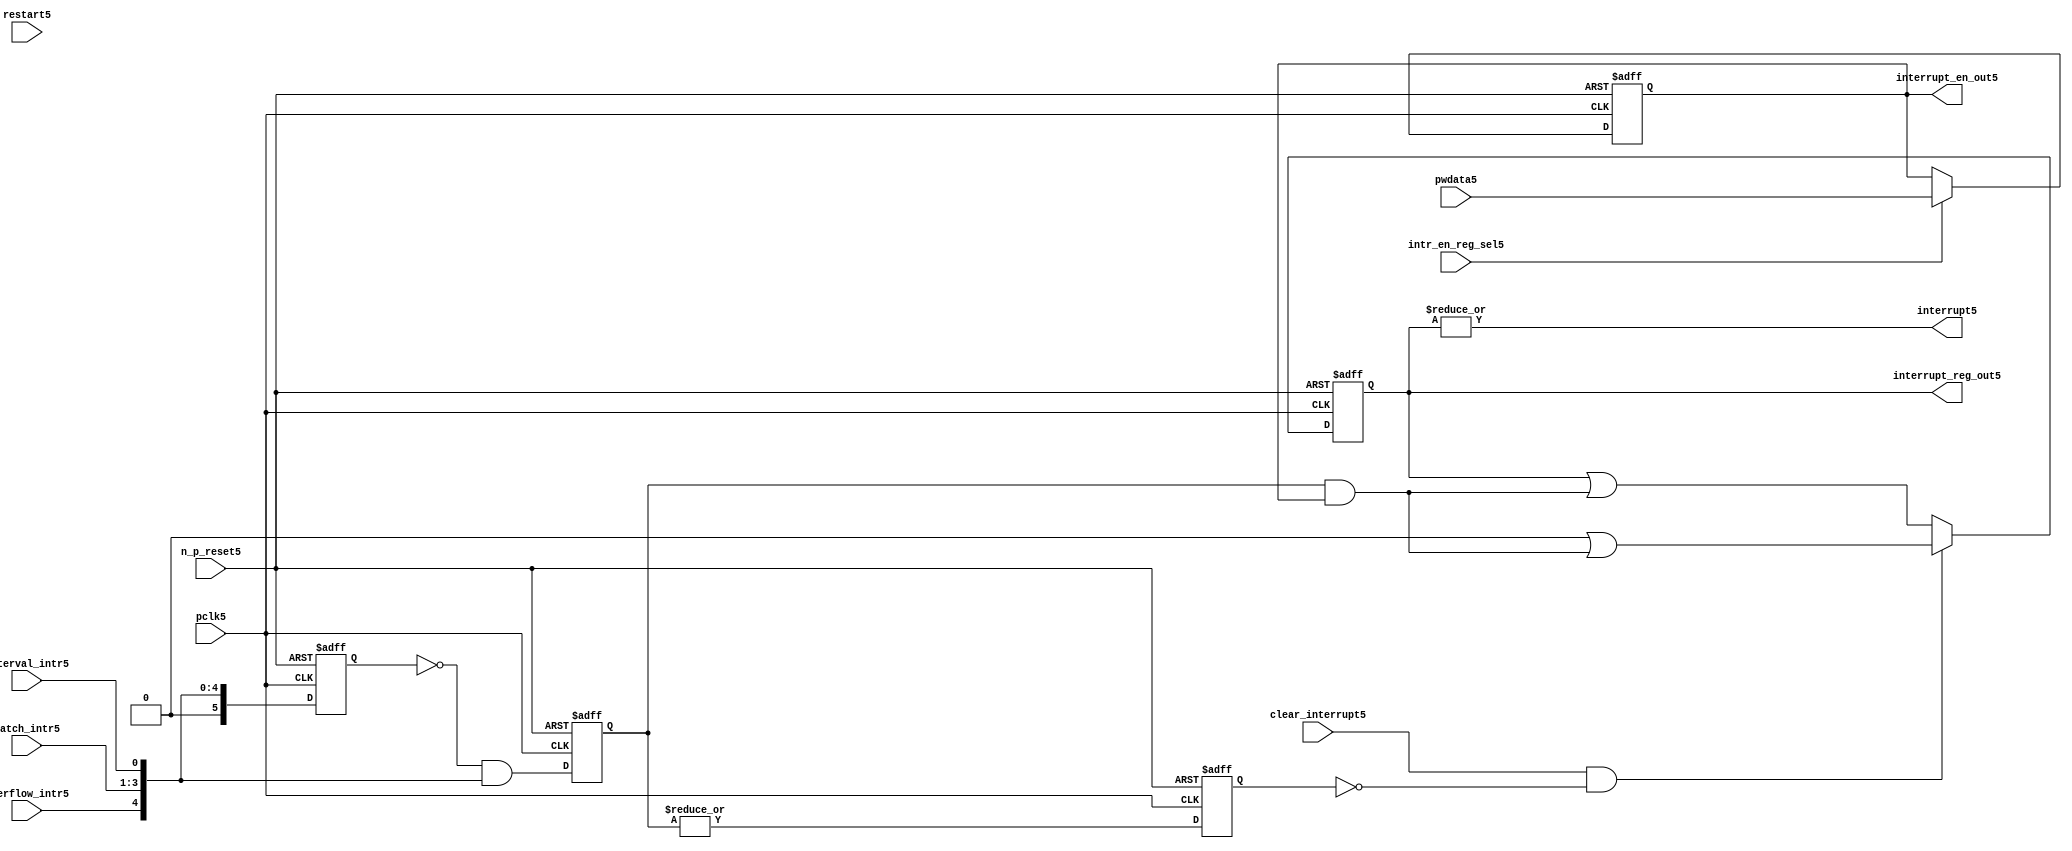
module ttc_interrupt_lite5(

  //inputs5
  n_p_reset5,                             
  pwdata5,                             
  pclk5,
  intr_en_reg_sel5, 
  clear_interrupt5,                   
  interval_intr5,
  match_intr5,
  overflow_intr5,
  restart5,

  //outputs5
  interrupt5,
  interrupt_reg_out5,
  interrupt_en_out5
  
);


//-----------------------------------------------------------------------------
// PORT DECLARATIONS5
//-----------------------------------------------------------------------------

   //inputs5
   input         n_p_reset5;            //reset signal5
   input [5:0]   pwdata5;               //6 Bit5 Data signal5
   input         pclk5;                 //System5 clock5
   input         intr_en_reg_sel5;      //Interrupt5 Enable5 Reg5 Select5 signal5
   input         clear_interrupt5;      //Clear Interrupt5 Register signal5
   input         interval_intr5;        //Timer_Counter5 Interval5 Interrupt5
   input [3:1]   match_intr5;           //Timer_Counter5 Match5 1 Interrupt5 
   input         overflow_intr5;        //Timer_Counter5 Overflow5 Interrupt5 
   input         restart5;              //Counter5 restart5

   //Outputs5
   output        interrupt5;            //Interrupt5 Signal5 
   output [5:0]  interrupt_reg_out5;    //6 Bit5 Interrupt5 Register
   output [5:0]  interrupt_en_out5; //6 Bit5 Interrupt5 Enable5 Register


//-----------------------------------------------------------------------------
// Internal Signals5 & Registers5
//-----------------------------------------------------------------------------

   wire [5:0]   intr_detect5;          //Interrupts5 from the Timer_Counter5
   reg [5:0]    int_sync_reg5;         //6-bit 1st cycle sync register
   reg [5:0]    int_cycle_reg5;        //6-bit register ensuring5 each interrupt5 
                                      //only read once5
   reg [5:0]    interrupt_reg5;        //6-bit interrupt5 register        
   reg [5:0]    interrupt_en_reg5; //6-bit interrupt5 enable register
   

   reg          interrupt_set5;        //Prevents5 unread5 interrupt5 being cleared5
   
   wire         interrupt5;            //Interrupt5 output
   wire [5:0]   interrupt_reg_out5;    //Interrupt5 register output
   wire [5:0]   interrupt_en_out5; //Interrupt5 enable output


   assign interrupt5              = |(interrupt_reg5);
   assign interrupt_reg_out5      = interrupt_reg5;
   assign interrupt_en_out5       = interrupt_en_reg5;
   
   assign intr_detect5 = {1'b0,
                         overflow_intr5,  
                         match_intr5[3],  
                         match_intr5[2], 
                         match_intr5[1], 
                         interval_intr5};

   

// Setting interrupt5 registers
   
   always @ (posedge pclk5 or negedge n_p_reset5)
   begin: p_intr_reg_ctrl5
      
      if (!n_p_reset5)
      begin
         int_sync_reg5         <= 6'b000000;
         interrupt_reg5        <= 6'b000000;
         int_cycle_reg5        <= 6'b000000;
         interrupt_set5        <= 1'b0;
      end
      else 
      begin

         int_sync_reg5    <= intr_detect5;
         int_cycle_reg5   <= ~int_sync_reg5 & intr_detect5;

         interrupt_set5   <= |int_cycle_reg5;
          
         if (clear_interrupt5 & ~interrupt_set5)
            interrupt_reg5 <= (6'b000000 | (int_cycle_reg5 & interrupt_en_reg5));
         else 
            interrupt_reg5 <= (interrupt_reg5 | (int_cycle_reg5 & 
                                               interrupt_en_reg5));
      end 
      
   end  //p_intr_reg_ctrl5


// Setting interrupt5 enable register
   
   always @ (posedge pclk5 or negedge n_p_reset5)
   begin: p_intr_en_reg5
      
      if (!n_p_reset5)
      begin
         interrupt_en_reg5 <= 6'b000000;
      end
      else 
      begin

         if (intr_en_reg_sel5)
            interrupt_en_reg5 <= pwdata5[5:0];
         else
            interrupt_en_reg5 <= interrupt_en_reg5;

      end 
      
   end  
           


endmodule